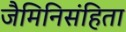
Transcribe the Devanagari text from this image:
जैमिनिसंहिता